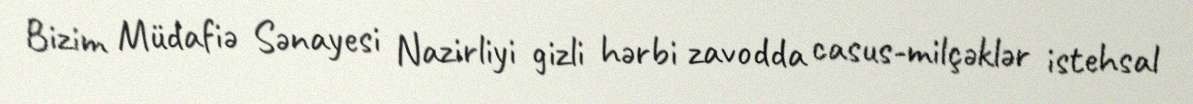
Bizim Müdafiə Sənayesi Nazirliyi gizli hərbi zavodda casus-milçəklər istehsal